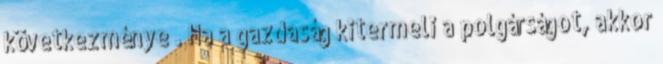
következménye . Ha a gazdaság kitermeli a polgárságot, akkor